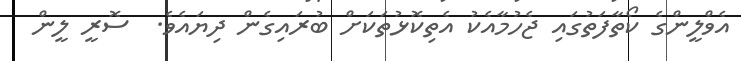
އެވްލީންގެ ކޯތާފަތުގައި ޖެހުމާއެކު އެތިކޮޅުތަކަށް ބުރައިގެން ދިޔައެވެ.  ސޮރީ ލީން